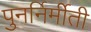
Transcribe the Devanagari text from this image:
पुनर्निर्मीती